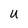
Character: u